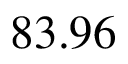
8 3 . 9 6 \